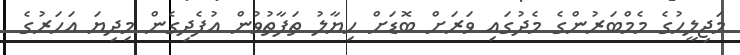
މަޖިލީހުގެ މެމްބަރުންގެ މެދުގައި ވަރަށް ބޮޑަށް ހިޔާލު ތަފާތުވުން އުފެދިގެން މިދިޔަ އަހަރުގެ